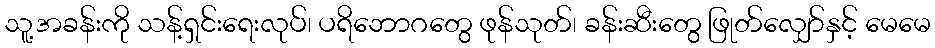
သူ့အခန်းကို သန့်ရှင်းရေးလုပ်၊ ပရိဘောဂတွေ ဖုန်သုတ်၊ ခန်းဆီးတွေ ဖြုတ်လျှော်နှင့် မေမေ